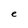
Character: e